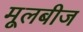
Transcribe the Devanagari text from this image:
मूलबीज